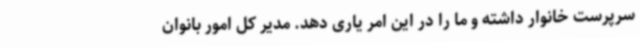
سرپرست خانوار داشته و ما را در این امر یاری دهد. مدیر کل امور بانوان